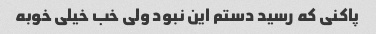
پاکنی که رسید دستم این نبود ولی خب خیلی خوبه